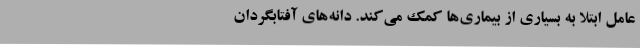
عامل ابتلا به بسیاری از بیماری‌‌ها کمک می‌کند. دانه‌های آفتابگردان